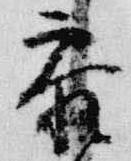
参